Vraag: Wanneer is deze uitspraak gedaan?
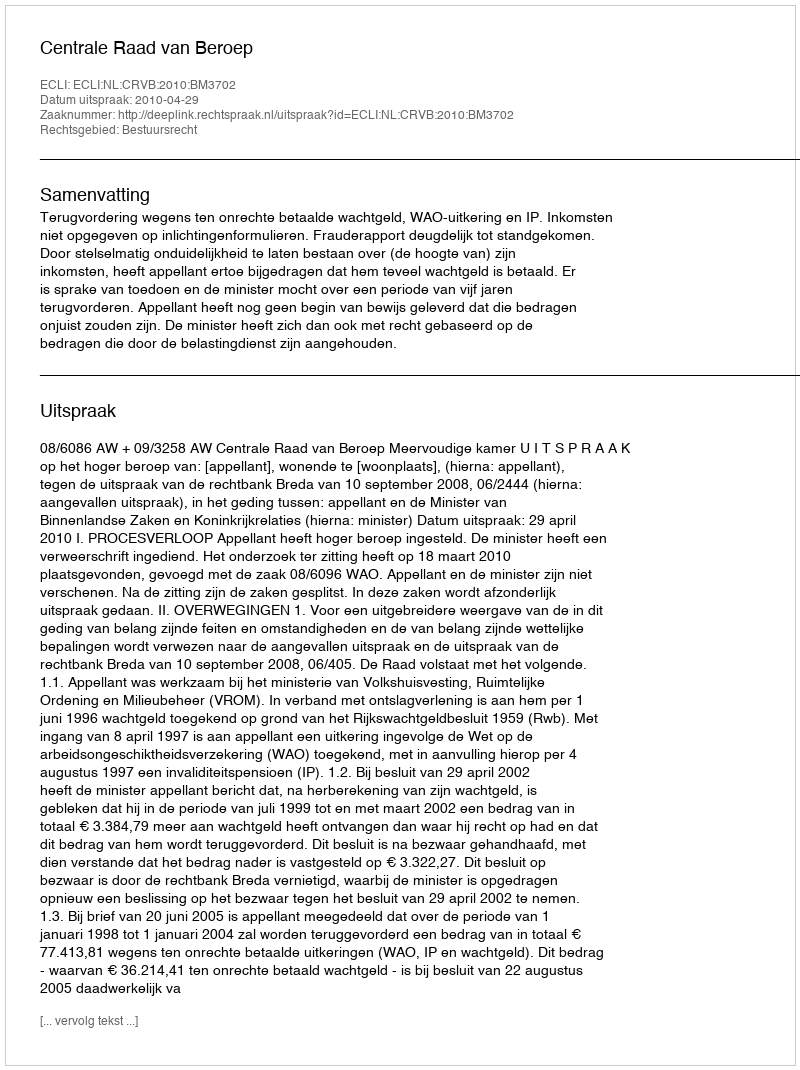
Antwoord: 2010-04-29